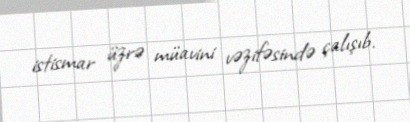
istismar üzrə müavini vəzifəsində çalışıb.